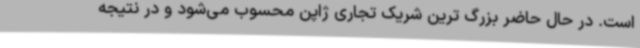
است. در حال حاضر بزرگ ترین شریک تجاری ژاپن محسوب می‌شود و در نتیجه